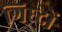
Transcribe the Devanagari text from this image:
गिध्दों